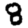
Digit: 8